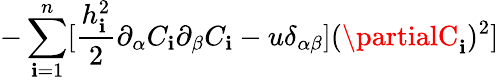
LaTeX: -\sum_{\mathbf{i}=1}^{n}[\frac{{h_{\mathbf{i}}^{2}}}{{2}}\partial_{\alpha}C_{\mathbf{i}}\partial_{\beta}C_{\mathbf{i}}-u\delta_{\alpha\beta}](\partialC_{\mathbf{i}})^{2}]